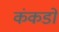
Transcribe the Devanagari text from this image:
कंकडों